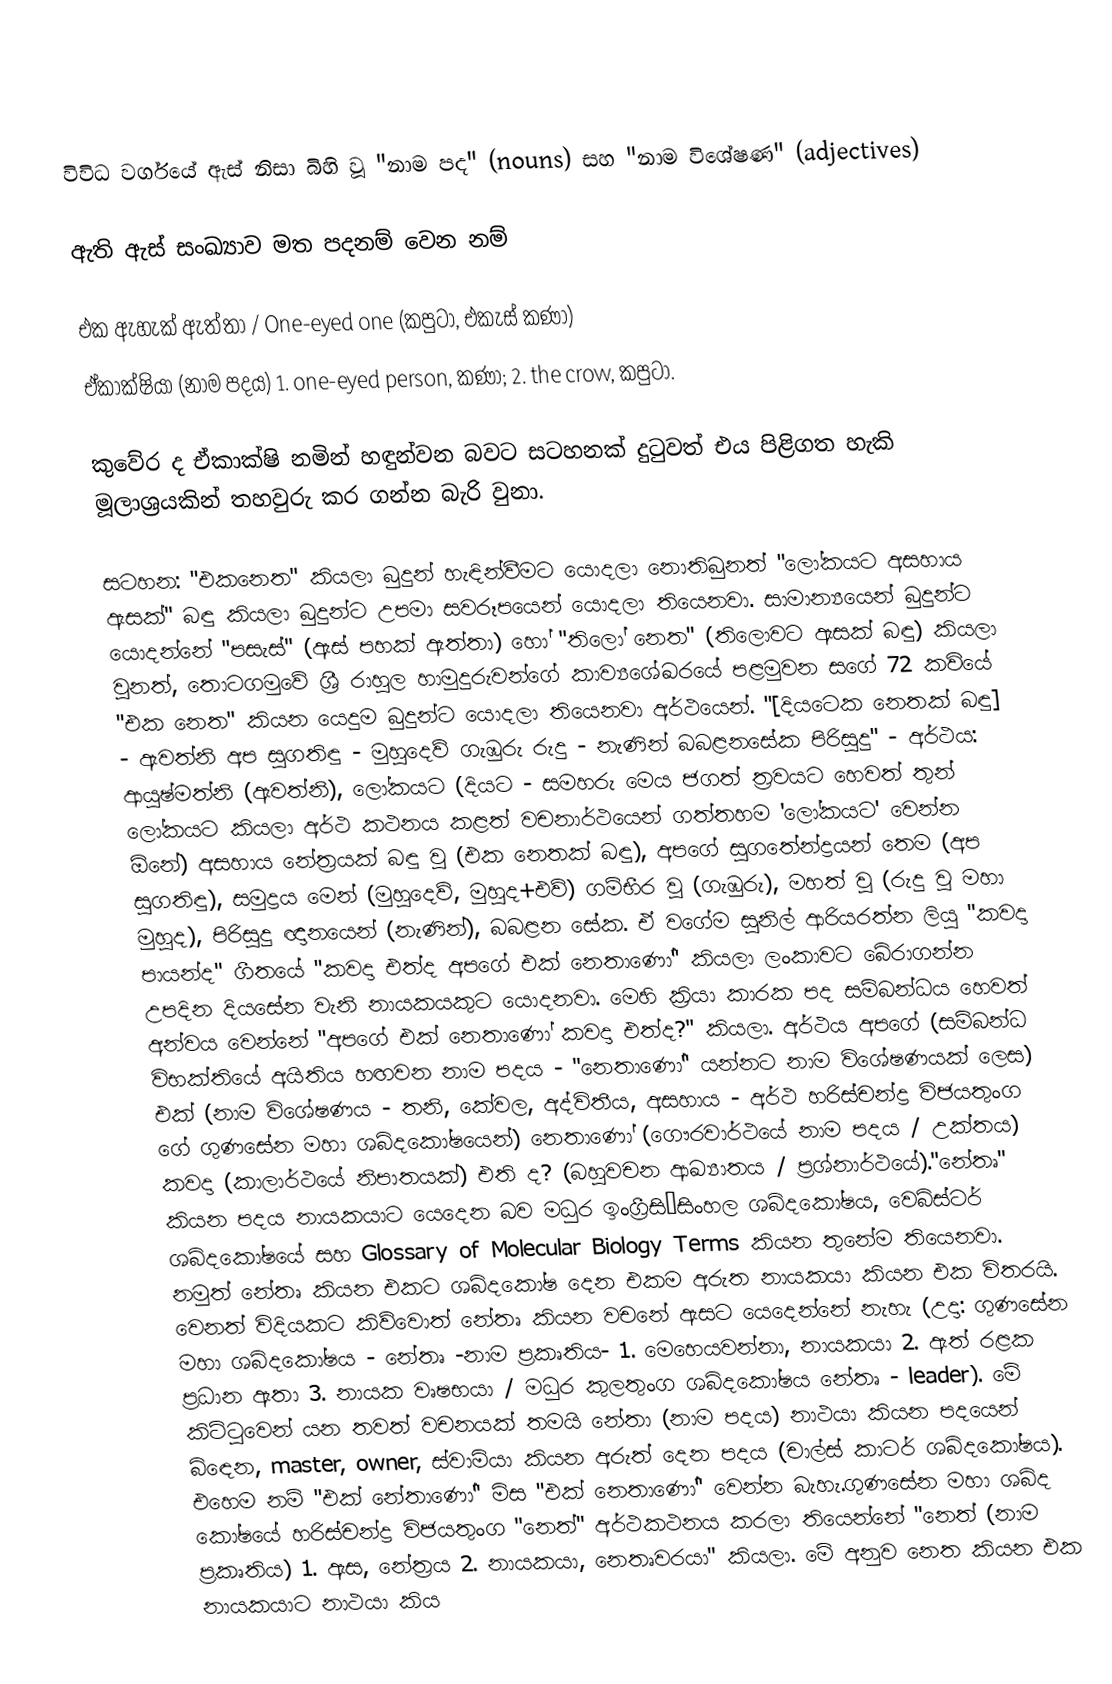

විවිධ වර්ගයේ ඇස් නිසා බිහි වූ "නාම පද" (nouns) සහ "නාම විශේෂණ" (adjectives)

ඇති ඇස් සංඛ්‍යාව මත පදනම් වෙන නම්

එක ඇහැක් ඇත්තා / One-eyed one (කපුටා, එකැස් කණා)
ඒකාක්ෂියා (නාම පදය) 1. one-eyed person, කණා; 2. the crow, කපුටා.

කුවේර ද ඒකාක්ෂි නමින් හඳුන්වන බවට සටහනක් දුටුවත් එය පිළිගත හැකි මූලාශ්‍රයකින් තහවුරු කර ගන්න බැරි වුනා.

සටහන: "එකනෙත" කියලා බුදුන් හැඳින්වීමට යොදලා නොතිබුනත් "ලෝකයට අසහාය ඇසක්" බඳු කියලා බුදුන්ට උපමා සවරූපයෙන් යොදලා තියෙනවා. සාමාන්‍යයෙන් බුදුන්ට යොදන්නේ "පසැස්" (ඇස් පහක් ඇත්තා) හෝ "තිලෝ නෙත" (තිලොවට ඇසක් බඳු) කියලා වුනත්, තොටගමුවේ ශ්‍රී රාහුල හාමුදුරුවන්ගේ කාව්‍යශේඛරයේ පළමුවන සගේ 72 කවියේ "එක නෙත" කියන යෙදුම බුදුන්ට යොදලා තියෙනවා අර්ථයෙන්. "[දියටෙක නෙතක් බඳු] - ඇවත්නි අප සුගතිඳු - මුහුදෙව් ගැඹුරු රුදු - නැණින් බබළනසේක පිරිසුදු" - අර්ථය: ආයුෂ්මත්නි (ඇවත්නි), ලෝකයට (දියට - සමහරු මෙය ජගත් ත්‍රවයට හෙවත් තුන් ලෝකයට කියලා අර්ථ කථනය කළත් වචනාර්ථයෙන් ගත්තහම 'ලෝකයට' වෙන්න ඕනේ)  අසහාය නේත්‍රයක් බඳු වු (එක නෙතක් බඳු),  අපගේ සුගතේන්ද්‍රයන් තෙම (අප සුගතිඳු), සමුද්‍රය මෙන් (මුහුදෙව්, මුහුද+එව්) ගම්භීර වු (ගැඹුරු), මහත් වූ (රුදු වූ මහා මුහුද), පිරිසුදු ඥානයෙන් (නැණින්), බබළන සේක. ඒ වගේම සුනිල් ආරියරත්න ලියූ "කවදා පායන්ද" ගීතයේ "කවදා එත්ද අපගේ එක් නෙතාණෝ" කියලා ලංකාවට බේරාගන්න උපදින දියසේන වැනි නායකයකුට යොදනවා. මෙහි ක්‍රියා කාරක පද සම්බන්ධය හෙවත් අන්වය වෙන්නේ "අපගේ එක් නෙතාණෝ කවදා එත්ද?" කියලා. අර්ථය අපගේ (සම්බන්ධ විභක්තියේ අයිතිය හඟවන නාම පදය - "නෙතාණෝ" යන්නට නාම විශේෂණයක් ලෙස) එක්‌ (නාම විශේෂණය - තනි, කේවල, අද්විතීය, අසහාය - අර්ථ හරිස්චන්ද්‍ර විජයතුංග ගේ ගුණසේන මහා ශබ්දකෝෂයෙන්) නෙතාණෝ (ගෞරවාර්ථයේ නාම පදය / උක්තය) කවදා (කාලාර්ථයේ නිපාතයක්) එති ද? (බහුවචන ආඛ්‍යාතය / ප්‍රශ්නාර්ථයේ)."නේතෘ" කියන පදය නායකයාට යෙදෙන බව මධුර ඉංග්‍රීසි–සිංහල ශබ්දකෝෂය, වෙබ්ස්ටර් ශබ්දකෝෂයේ සහ Glossary of Molecular Biology Terms කියන තුනේම තියෙනවා. නමුත් නේතෘ කියන එකට ශබ්දකෝෂ දෙන එකම අරුත නායකයා කියන එක විතරයි. වෙනත් විදියකට කිව්වොත් නේතෘ කියන වචනේ ඇසට යෙදෙන්නේ නැහැ (උදා: ගුණසේන මහා ශබ්දකෝෂය - නේතෘ -නාම ප්‍රකෘතිය- 1. මෙහෙයවන්නා, නායකයා 2. ඇත් රළක ප්‍රධාන ඇතා 3. නායක වෘෂභයා / මධුර කුලතුංග ශබ්දකෝෂය නේතෘ - leader). මේ කිට්ටුවෙන් යන තවත් වචනයක් තමයි නේතා (නාම පදය) නාථයා කියන පදයෙන් බිඳෙන, master, owner, ස්වාමියා කියන අරුත් දෙන පදය (චාල්ස් කාටර් ශබ්දකෝෂය). එහෙම නම් "එක් නේතාණෝ" මිස "එක් නෙතාණෝ" වෙන්න බැහැ.ගුණසේන මහා ශබ්ද කෝෂයේ හරිස්චන්ද්‍ර විජයතුංග "නෙත්" අර්ථකථනය කරලා තියෙන්නේ "නෙත් (නාම ප්‍රකෘතිය) 1. ඇස, නේත්‍රය 2. නායකයා, නෙතෘවරයා" කියලා. මේ අනුව නෙත කියන එක නායකයාට නාථයා කිය